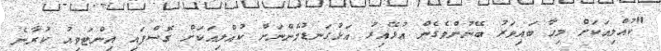
"ކުއްލިއަކަށް މިހާ ބައިވަރު ބޭނުންވެގެން އުޅޭއިރު އަޅުގަނޑުމެންނަށް ކުއްލިއަކަށް ގޮސްފައި އިންޓަވިއު ކުރާނެ